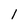
Character: 1